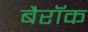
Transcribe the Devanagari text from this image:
बैरॉक